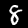
Label: 8